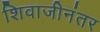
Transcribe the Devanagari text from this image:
शिवाजीनंतर